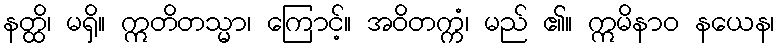
နတ္ထိ၊ မရှိ။ ဣတိတသ္မာ၊ ကြောင့်။ အဝိတက္ကံ၊ မည် ၏။ ဣမိနာဝ နယေန၊